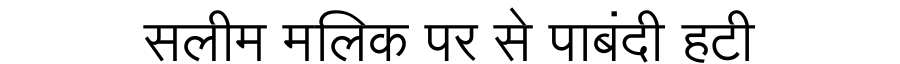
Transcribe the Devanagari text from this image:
सलीम मलिक पर से पाबंदी हटी